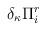
LaTeX: \begin{align*}\delta_\kappa \Pi_i^r\end{align*}